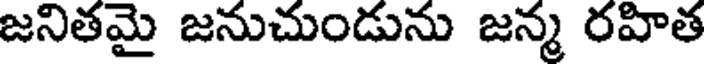
జనితమై జనుచుండును జన్మ రహిత